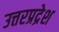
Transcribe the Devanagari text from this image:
उत्तरप्रद्रेश